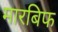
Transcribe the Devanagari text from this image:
मारबिफ